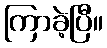
ကြာခဲ့ပြီ။